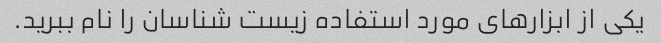
یکی از ابزارهای مورد استفاده زیست شناسان را نام ببرید.